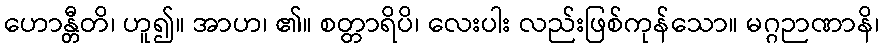
ဟောန္တီတိ၊ ဟူ၍။ အာဟ၊ ၏။ စတ္တာရိပိ၊ လေးပါး လည်းဖြစ်ကုန်သော။ မဂ္ဂဉာဏာနိ၊